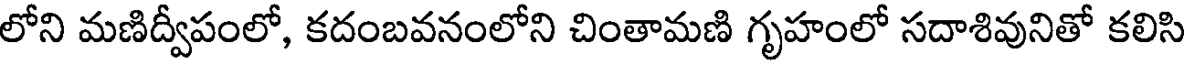
లోని మణిద్వీపంలో, కదంబవనంలోని చింతామణి గృహంలో సదాశివునితో కలిసి